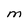
Character: M